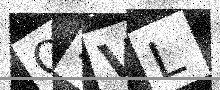
Text: Q3VL